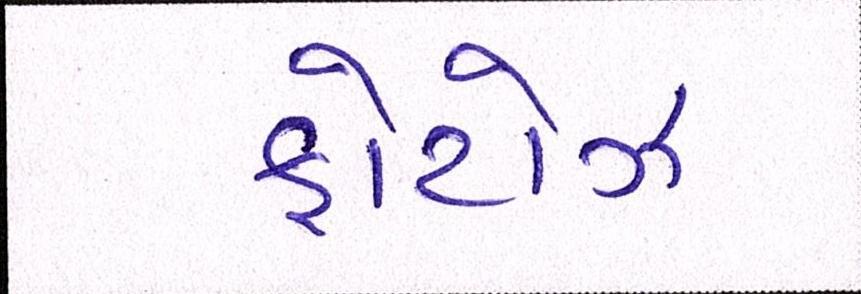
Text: ફોટોઝ